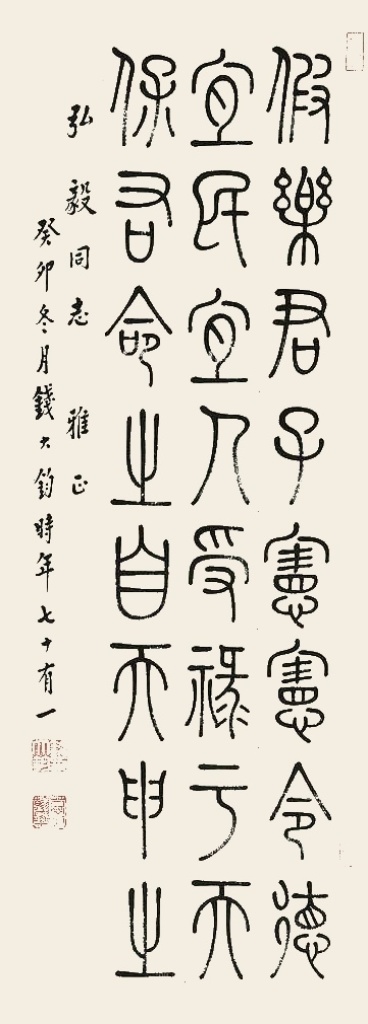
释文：嘉乐君子，宪宪令德，宜民宜人，受禄于天；保佑命之，自天申之。弘毅同志雅正，癸卯冬月钱大钧时年七十有一。